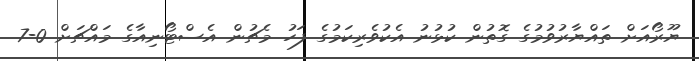
ޔޫރޯއަށް ތައްޔާރުވުމުގެ ގޮތުން ކުޅުނު އެކުވެރިކަމުގެ ފަހު މެޗުން އެސްޓޯނިއާގެ މައްޗަށް 0-7